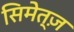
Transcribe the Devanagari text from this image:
सिमेत्ज़